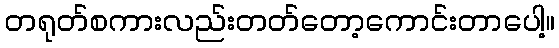
တရုတ်စကားလည်းတတ်တော့ကောင်းတာပေါ့။